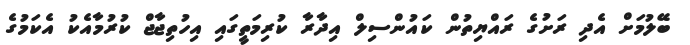
ބޭލުމަށް އެދި ރަށުގެ ރައްޔިތުން ކައުންސިލް އިދާރާ ކުރިމަތީގައި އިހުތިޖާޖް ކުރުމާއެކު އެކަމުގެ